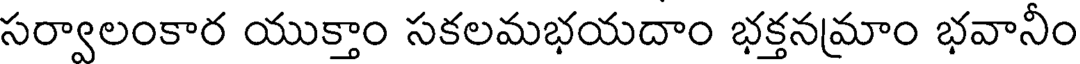
సర్వాలంకార యుక్తాం సకలమభయదాం భక్తనమాం భవానీం